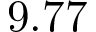
9 . 7 7